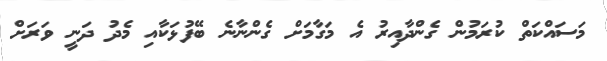
މަސައްކަތް ކުރަމުން ގެންދާއިރު އެ މަގާމަށް ގެންނާނެ ބޭފުޅަކާއި މެދު ދަނީ ވަރަށް